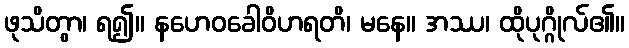
ဖုသိတွာ၊ ရ၍။ နဟေဝခေါဝိဟရတိ၊ မနေ။ အဿ၊ ထိုပုဂ္ဂိုလ်၏။